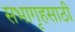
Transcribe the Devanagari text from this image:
सभागृहसाठी